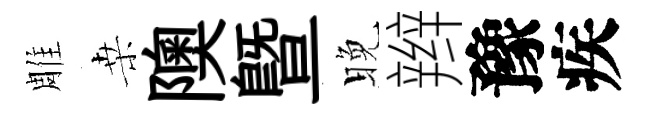
雕桒隩暨晚辫豫疾